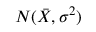
N ( { \bar { X } } , \sigma ^ { 2 } )